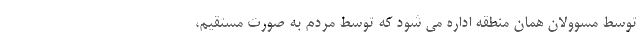
توسط مسوولان همان منطقه اداره می شود که توسط مردم به صورت مستقیم،